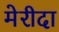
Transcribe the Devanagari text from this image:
मेरीदा